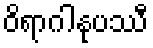
ဝိရာဂါနုပဿီ